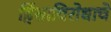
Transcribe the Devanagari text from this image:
हिंसाविरोधाचे